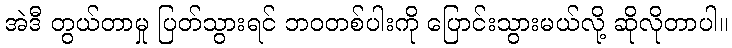
အဲဒီ တွယ်တာမှု ပြတ်သွားရင် ဘဝတစ်ပါးကို ပြောင်းသွားမယ်လို့ ဆိုလိုတာပါ။